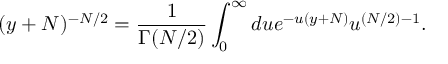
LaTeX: ( y + N ) ^ { - N / 2 } = \frac { 1 } { \Gamma ( N / 2 ) } \int _ { 0 } ^ { \infty } d u e ^ { - u ( y + N ) } u ^ { ( N / 2 ) - 1 } .